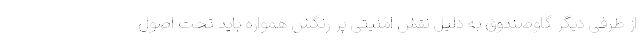
از طرفی دیگر گاوصندوق به دلیل نقش امنیتی پر رنگش همواره باید تحت اصول